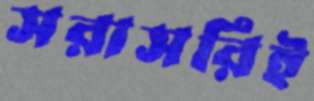
সরাসরিই